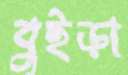
বুইড়া